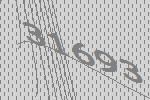
31693